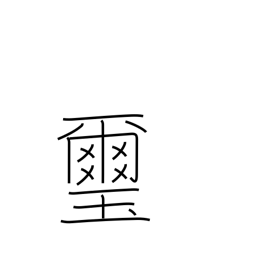
Meaning: emperor's seal